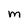
Character: M